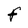
Character: F